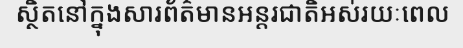
ស្ថិតនៅក្នុងសារព័ត៌មានអន្តរជាតិអស់រយៈពេល